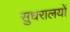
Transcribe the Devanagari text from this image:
सुधरालयों